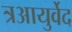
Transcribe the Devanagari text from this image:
त्रआयुर्वेद